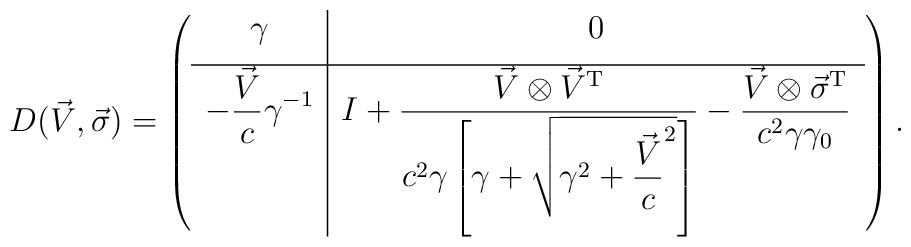
D(\vec{V},\vec{\sigma})=\left(\begin{array}{c|c}\gamma & 0\\[1ex]\hline\displaystyle-\frac{\vec V}{c}\gamma^{-1} & I+\displaystyle\frac{\vec V\otimes\vec V^{\rm T}}{c^2\gamma\left[\gamma+\sqrt{\gamma^2+\displaystyle\frac{\vec V}{c}^2}\right]}-\frac{\vec V\otimes\vec\sigma^{\rm T}}{c^2\gamma\gamma_0}\end{array}\right).